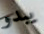
يبدو